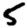
Digit: 5